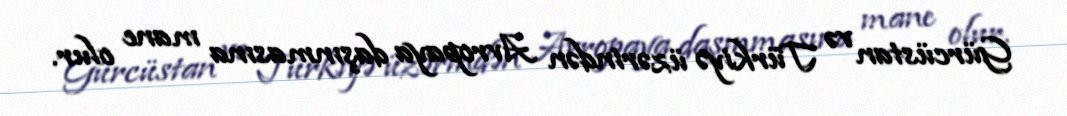
Gürcüstan və Türkiyə üzərindən Avropaya daşınmasına mane olur.